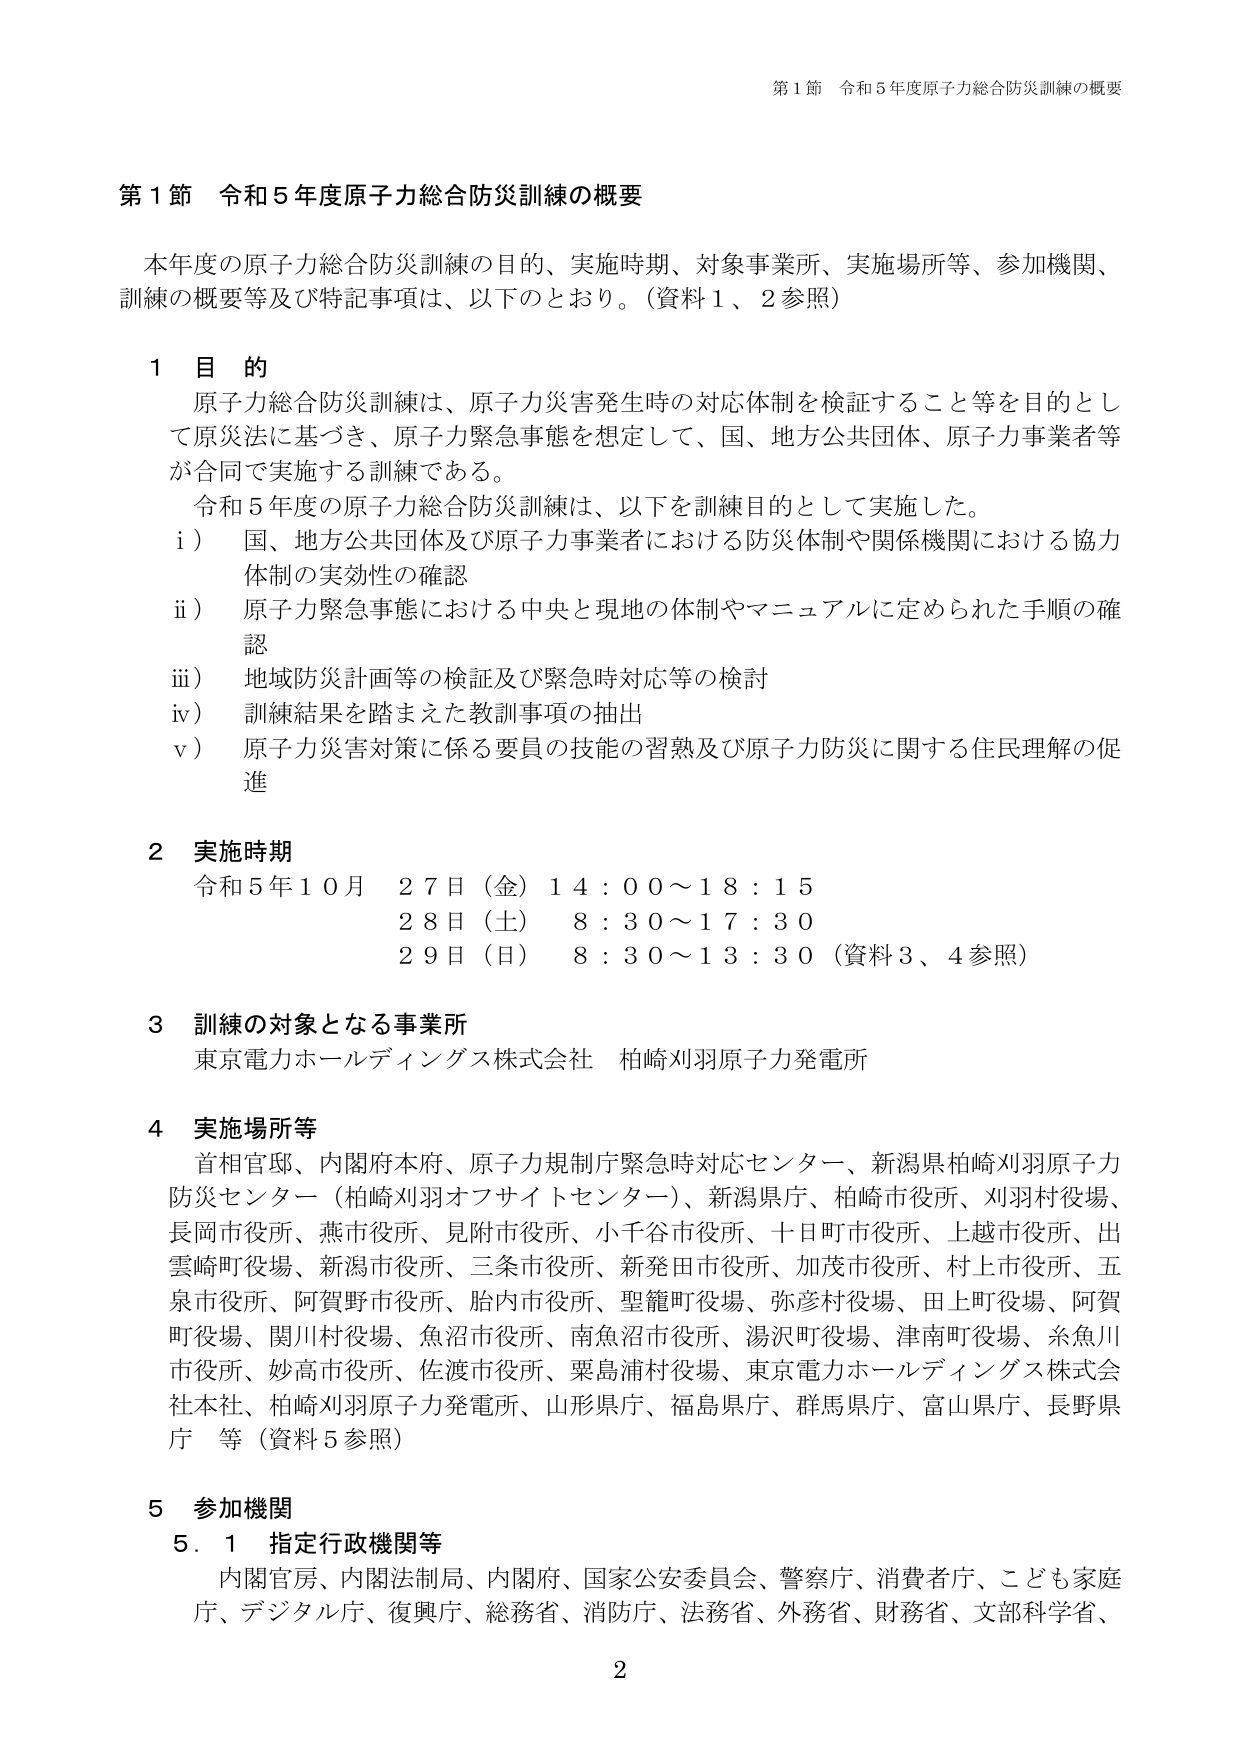
第1節 令和5年度原子力総合防災訓練の概要

本年度の原子力総合防災訓練の目的、実施時期、対象事業所、実施場所等、参加機関、訓練の概要等及び特記事項は、以下のとおり。（資料1、2参照）

1 目的
原子力総合防災訓練は、原子力災害発生時の対応体制を検証すること等を目的として原災法に基づき、原子力緊急事態を想定して、国、地方公共団体、原子力事業者等が合同で実施する訓練である。
令和5年度の原子力総合防災訓練は、以下を訓練目的として実施した。
i） 国、地方公共団体及び原子力事業者における防災体制や関係機関における協力体制の実効性の確認
ii） 原子力緊急事態における中央と現地の体制やマニュアルに定められた手順の確認
iii） 地域防災計画等の検証及び緊急時対応等の検討
iv） 訓練結果を踏まえた教訓事項の抽出
v） 原子力災害対策に係る要員の技能の習熟及び原子力防災に関する住民理解の促進

2 実施時期
令和5年10月 27日（金）14：00～18：15
28日（土） 8：30～17：30
29日（日） 8：30～13：30（資料3、4参照）

3 訓練の対象となる事業所
東京電力ホールディングス株式会社 柏崎刈羽原子力発電所

4 実施場所等
首相官邸、内閣府本府、原子力規制庁緊急時対応センター、新潟県柏崎刈羽原子力防災センター（柏崎刈羽オフサイトセンター）、新潟県庁、柏崎市役所、刈羽村役場、長岡市役所、燕市役所、見附市役所、小千谷市役所、十日町市役所、上越市役所、出雲崎町役場、新潟市役所、三条市役所、新発田市役所、加茂市役所、村上市役所、五泉市役所、阿賀野市役所、胎内市役所、聖籠町役場、弥彦村役場、田上町役場、阿賀町役場、関川村役場、魚沼市役所、南魚沼市役所、湯沢町役場、津南町役場、糸魚川市役所、妙高市役所、佐渡市役所、粟島浦村役場、東京電力ホールディングス株式会社本社、柏崎刈羽原子力発電所、山形県庁、福島県庁、群馬県庁、富山県庁、長野県庁 等（資料5参照）

5 参加機関
5.1 指定行政機関等
内閣官房、内閣法制局、内閣府、国家公安委員会、警察庁、消費者庁、こども家庭庁、デジタル庁、復興庁、総務省、消防庁、法務省、外務省、財務省、文部科学省、